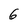
Character: 6